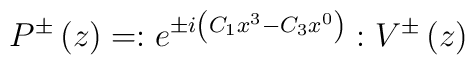
P^{\pm }\left( z\right) =:e^{\pm i\left( C_1x^3-C_3x^0\right)}:V^{\pm }\left( z\right)